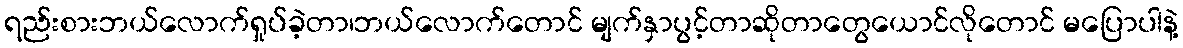
ရည်းစားဘယ်လောက်ရှုပ်ခဲ့တာ၊ဘယ်လောက်တောင် မျက်နှာပွင့်တာဆိုတာတွေယောင်လိုတောင် မပြောပါနဲ့